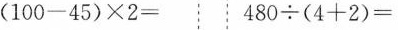
(100-45)×2= 480÷(4+2)=